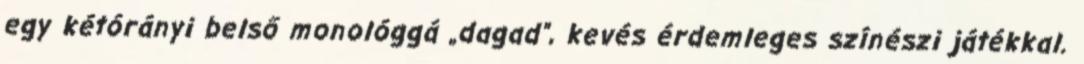
egy kétórányi belső monológgá „dagad”, kevés érdemleges színészi játékkal.